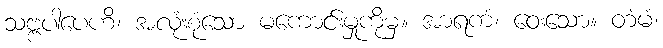
သဗ္ဗပါပေဟိ၊ အလုံးစုံသော မကောင်းမှုကိုမှ။ အာရကံ၊ ဝေးသော။ တံမံ၊